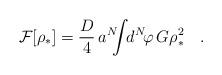
LaTeX: \begin{align*}{\cal F}[\rho_*]={D\over4}\,a^N\!\!\!\int\!\! d^N\!\varphi\,G\rho^2_*\quad.\end{align*}